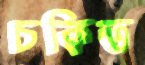
চকিত